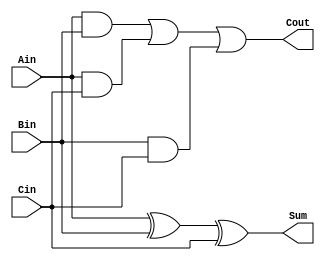
/*
    * CO224 - Computer Architecture
    * Lab 05 - Part 5
    * 1 Bit Full Adder unit
    * Group 09 (E/20/148, E/20/157)
    * 27-05-2024
    * Version 1.0
*/

//1 Bit Full Adder unit
module fullAdder(Ain,Bin, Cin, Sum, Cout);
    // Input-output Declaration
    input Ain,Bin,Cin;
    output Sum, Cout;

    // Result
    assign Sum = Ain^Bin^Cin;
    assign Cout = (Ain&Bin) | (Ain&Cin) | (Bin&Cin);
    
endmodule